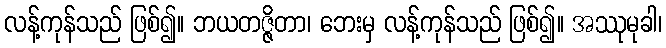
လန့်ကုန်သည် ဖြစ်၍။ ဘယတဇ္ဇိတာ၊ ဘေးမှ လန့်ကုန်သည် ဖြစ်၍။ အဿုမုခါ၊